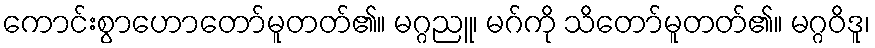
ကောင်းစွာဟောတော်မူတတ်၏။ မဂ္ဂညူ၊ မဂ်ကို သိတော်မူတတ်၏။ မဂ္ဂဝိဒူ၊